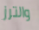
والترز